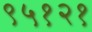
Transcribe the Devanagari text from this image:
९५१२१